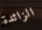
الزائدة